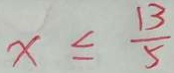
x \leq \frac { 1 3 } { 5 }